Civil Veterinary Department. United Provinces 1923-31 - 1923-1931
Year: 1923
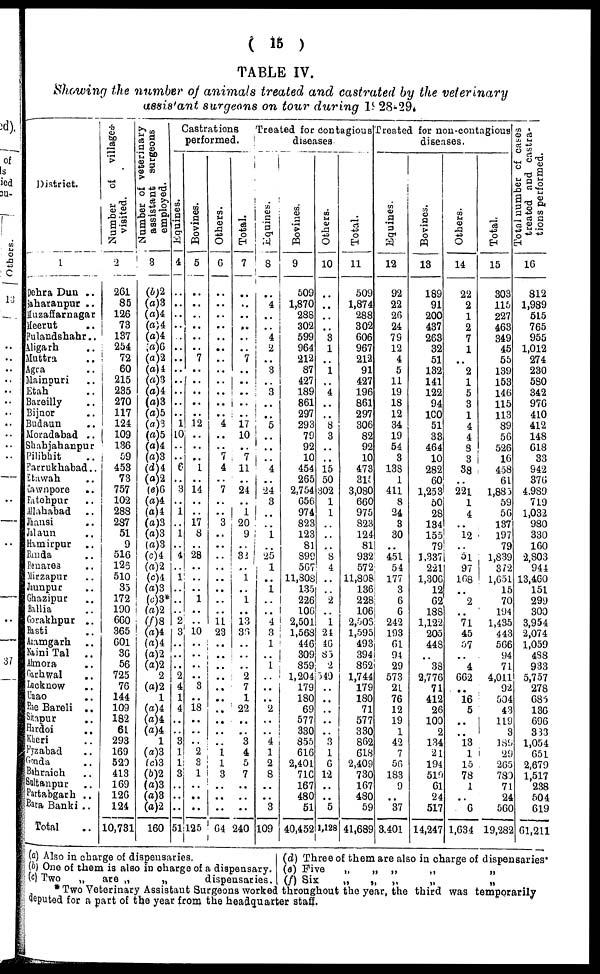
( 15 )
TABLE IV.
Showing the nnmber of animals treated and castrated by the veterinary
assistant surgeons on tour during 1928-29.
District.
1
Dehra Dun ..
Saharanpur ..
Muzaffarnagar
Meerut ..
Bulandsnahr ..
Aligarh ..
Muttra ..
Agra ..
Mainpuri ..
Etah ..
Bareilly ..
Bijnor ..
Budaun ..
Moradabad ..
Shahjahanpur
Pilibhit ..
Farrukhabad ..
Etawah ..
Cawnpore
..
Fatehpur ..
Allahabad ..
Jhansi ..
Maun
Hamirpur ..
Banda ..
Benares ..
Mirzapur ..
Jaunpur ..
Ghazipur ..
Ballia ..
Gorakhpur ..
Basti ..
Azamgarh ..
Naini Tal ..
Almora ..
Garhwal ..
Lucknow ..
Unao ..
Rae Bareli ..
Sitapur ..
Hirdoi ..
Kheri ..
Fyzabad ..
Gonda ..
Bahraich ..
Sultanpur ..
Partabgarh ..
Bara Banki ..
Total ..
Number of villages
visited.
2
261
85
126
73
137
254
72
60
215
285
270
117
124
109
186
59
453
73
757
102
288
287
51
9
516
126
510
35
172
190
660
865
601
36
56
725
76
144
109
182
61
298
169
520
413
169
126
124
10,731
Number of veterinary
assistant surgeons
employed.
3
(b)2
(a)8
(a)4
(a)4
(a)4
(a)6
(a)2
(a)4
(a)3
(a)4
(a)3
(a)5
(a)3
(a)5
(a)4
(a)3
(b)4
(a)2
(e)6
(a)4
(a)4 (a)3
(a)3
(a)3
(c)4
(a)2
(c)4
(a)3
(c)3*
(a)2
(f)3
(a)4
(a)4
(a)2
(a)2
2
(a)2
1
(a)4
(a)4
(a)4
1
(a)3
(c)3
(6)2
(a)3
(a)3
(a)2
160
Castrations
performed.
Equines.
4
..
..
..
..
..
..
..
..
..
..
..
..
1
10
..
..
6
..
3
..
1
..
1
..
4
..
1
..
..
..
2
3
..
..
..
2
4
1
4
..
..
3
1
1
3
..
..
..
51
Bovines.
5
..
..
..
..
..
..
7
..
..
..
..
..
12
..
..
..
1
..
14
..
..
17
8
..
28
..
..
..
1
..
..
10
..
..
..
..
3
..
18
..
..
..
2
3
1
..
..
..
125
Others.
6
..
..
..
..
..
..
..
..
..
..
..
..
4
..
..
7
4
..
7
..
..
3
..
..
..
..
..
..
..
..
11
23
..
..
..
..
..
..
..
..
..
..
1
1
3
..
..
..
64
Total.
7
..
..
..
..
..
..
7
..
..
..
..
..
17
10
..
7
11
..
24
..
1
20
9
..
82
..
1
..
1
..
13
36
..
..
..
2
7
1
22
..
..
3
4
5
7
..
..
..
240
Treated for contagious
diseases.
Equines.
8
..
4
..
..
4
2
..
3
..
8
..
..
5
..
..
..
4
..
24
3
..
..
1
..
25
1
..
1
..
..
4
8
1
..
1
..
..
..
2
..
..
4
1
2
8
..
..
3
109
Bovines.
9
509
1,870
288
302
599
964
212
87
427
189
861
297
293
79
92
10
454
265
2,754
656
974
823
123
81
899
507
11,808
135
226
106
2,501
1,568
446
309
859
1,204
179
180
69
577
330
855
616
2,401
710
167
480
51
40,452
Others.
10
..
..
..
..
3
1
..
1
..
4
..
..
8
3
..
..
15
50
302
1
1
..
..
..
8
4
..
..
2
..
1
24
46
83
2
549
..
..
..
..
..
3
1
6
12
..
..
5
1,128
Total.
11
509
1,874
288
302
606
967
212
91
427
196
861
297
306
82
92
10
473
315
3,080
660
975
823
124
81
932
572
11,808
186
228
106
2,503
1,595
493
394
862
1,744
179
180
71
577
330
862
618
2,409
730
167
480
59
41,689
Treated for non-contagious
diseases.
Equines.
12
92
22
26
24
79
12
4
5
11
19
18
12
34
19
54
8
138
1
411
8
24
8
30
..
451
54
177
3
6
6
242
193
61
94
29
573
21
76
12
19
1
42
7
56
183
9
..
37
3,401
Bovines,
13
189
91
200
437
263
32
51
132
141
122
94
100
51
38
464
10
282
60
1,253
50
28
134
155
79
1,337
221
1,306
12
62
188
1,122
205
448
..
38
2,776
71
412
26
100
2
134
21
194
519
61
24
517
14,247
Others.
14
22
2
1
2
7
1
..
2
1
5
3
1
4
4
8
3
38
..
221
1
4
..
12
..
51
97
108
..
2
..
71
45
57
..
4
662
..
16
5
..
..
13
1
15
78
1
..
6
1,634
Total.
15
303
115
227
463
349
45
55
139
153
146
115
113
89
56
526
16
458
61
1,885
59
56
137
197
79
1,839
372
1,651
15
70
194
1,435
443
566
94
71
4,011
92
504
43
119
3
189
29
265
780
71
24
560
19,281
Tot al number of cases
treated and castra-
tions performed.
16
812
1,989
515
765
955
1,012
274
230
580
842
976
410
412
148
618
33
942
376
4,989
719
1,032
980
330
160
2,803
944
13,460
151
299
300
3,954
2,074
1,059
488
933
5,757
278
685
136
696
333
1,054
651
2,679
1,517
238
504
619
61,211
(a) Also in charge of dispensaries.
(b) One of them is also in charge of a dispensary,
(c) Two „ are „
„
dispensaries.
(d) Three of them are also in charge of dispensaries
(e) Five
„
„ „
„
„
(f) Six „ „ „ „ „
* Two Veterinary Assistant Surgeons worked throughout the year, the third was temporarily
deputed for a part of the year from the headquarter staff.